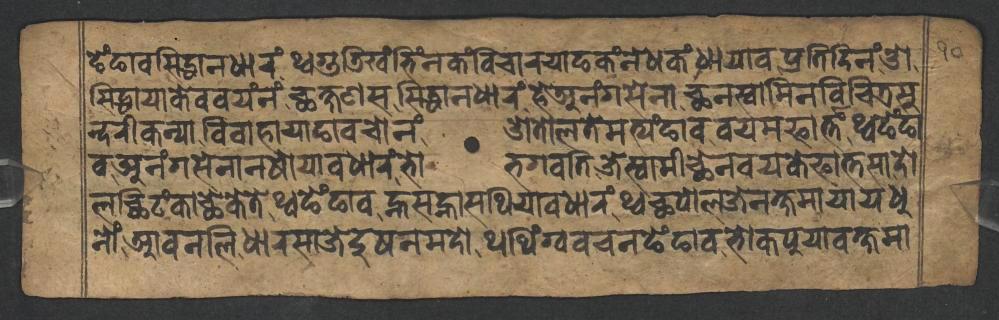
𑐒𑐾𑑄𑐒𑐵𑐰𑐳𑐶𑐡𑑂𑐢𑐵𑐣𑐢𑐵𑐬𑑄𑐠𑑂𑐰𑐐𑐸𑐜𑐶𑐏𑑄𑐨𑐶𑑄𑐣𑐎𑑄𑐰𑐶𑐔𑐵𑐬𑐫𑐵𑐒𑐎𑑄𑐣𑐾𑐢𑐎𑑄𑐢𑐵𑐫𑐵𑐰𑐥𑑂𑐬𑐟𑐶𑐡𑐶𑐣𑑄𑐌 𑐳𑐶𑐡𑑂𑐢𑐵𑐫𑐵𑐎𑐾𑐰𑐰𑐫𑑄𑐣𑑄𑐕𑐎𑑂𑐲𑐞𑐳𑐳𑐶𑐡𑑂𑐢𑐵𑐣𑐢𑐵𑐬𑑄𑐴𑐾𑐀𑐣𑑄𑐐𑐳𑐾𑐣𑐵𑐕𑐣𑐳𑑂𑐰𑐵𑐩𑐶𑐣𑐰𑐶𑐔𑐶𑐟𑑂𑐬𑐳𑐸 𑐣𑑂𑐡𑐬𑐷𑐎𑐣𑑂𑐫𑐵𑐰𑐶𑐰𑐵𑐴𑐵𑐫𑐵𑐒𑐵𑐰𑐔𑑀𑐣𑑄𑐌𑐟𑑀𑐮𑐟𑐾𑐩𑐟𑑂𑐫𑑄𑐒𑐵𑐰𑐰𑐫𑐩𑐦𑐵𑐬𑑂𑐟𑑂𑐟𑑄𑐠𑑂𑐰𑐒𑐾𑑄𑐒𑐵 𑐰𑐀𑐣𑑄𑐐𑐳𑐾𑐣𑐵𑐣𑐲𑑀𑐫𑐵𑐰𑐢𑐵𑐬𑑄𑐨𑑀𑐨𑐐𑐰𑐟𑐶𑐖𑐾𑐳𑑂𑐰𑐵𑐩𑐷𑐕𑐾𑐣𑐰𑐫𑐎𑐾𑐦𑐵𑐟𑑂𑐟𑐳𑐵𑐡𑑀 𑐮𑐕𑐶𑐚𑑄𑐎𑐵𑐕𑐾𑐎𑐾𑐟𑐾𑐠𑑂𑐰𑐒𑐾𑑄𑐒𑐵𑐰𑐣𑑂𑐴𑐳𑐣𑑂𑐴𑐵𑐳𑐠𑐶𑐫𑐵𑐰𑐢𑐵𑐬𑑄𑐠𑑂𑐰𑐕𑐥𑑀𑐮𑐖𑐾𑐣𑐎𑑂𑐲𑐩𑐵𑐫𑐵𑐫𑐢𑐸 𑐣𑑀𑑄𑐁𑐰𑐣𑐮𑐶𑐢𑐵𑐬𑐳𑐵𑐖𑐾𑐡𑐸𑐲𑐣𑐩𑐡𑑀𑐠𑐠𑐶𑑄𑐐𑑂𑐰𑐰𑐔𑐣𑐒𑐾𑑄𑐒𑐵𑐰𑐨𑑀𑐎𑐥𑐸𑐫𑐵𑐰𑐎𑑂𑐲𑐩𑐵